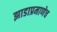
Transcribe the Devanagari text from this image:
झाडाप्रमाणेच